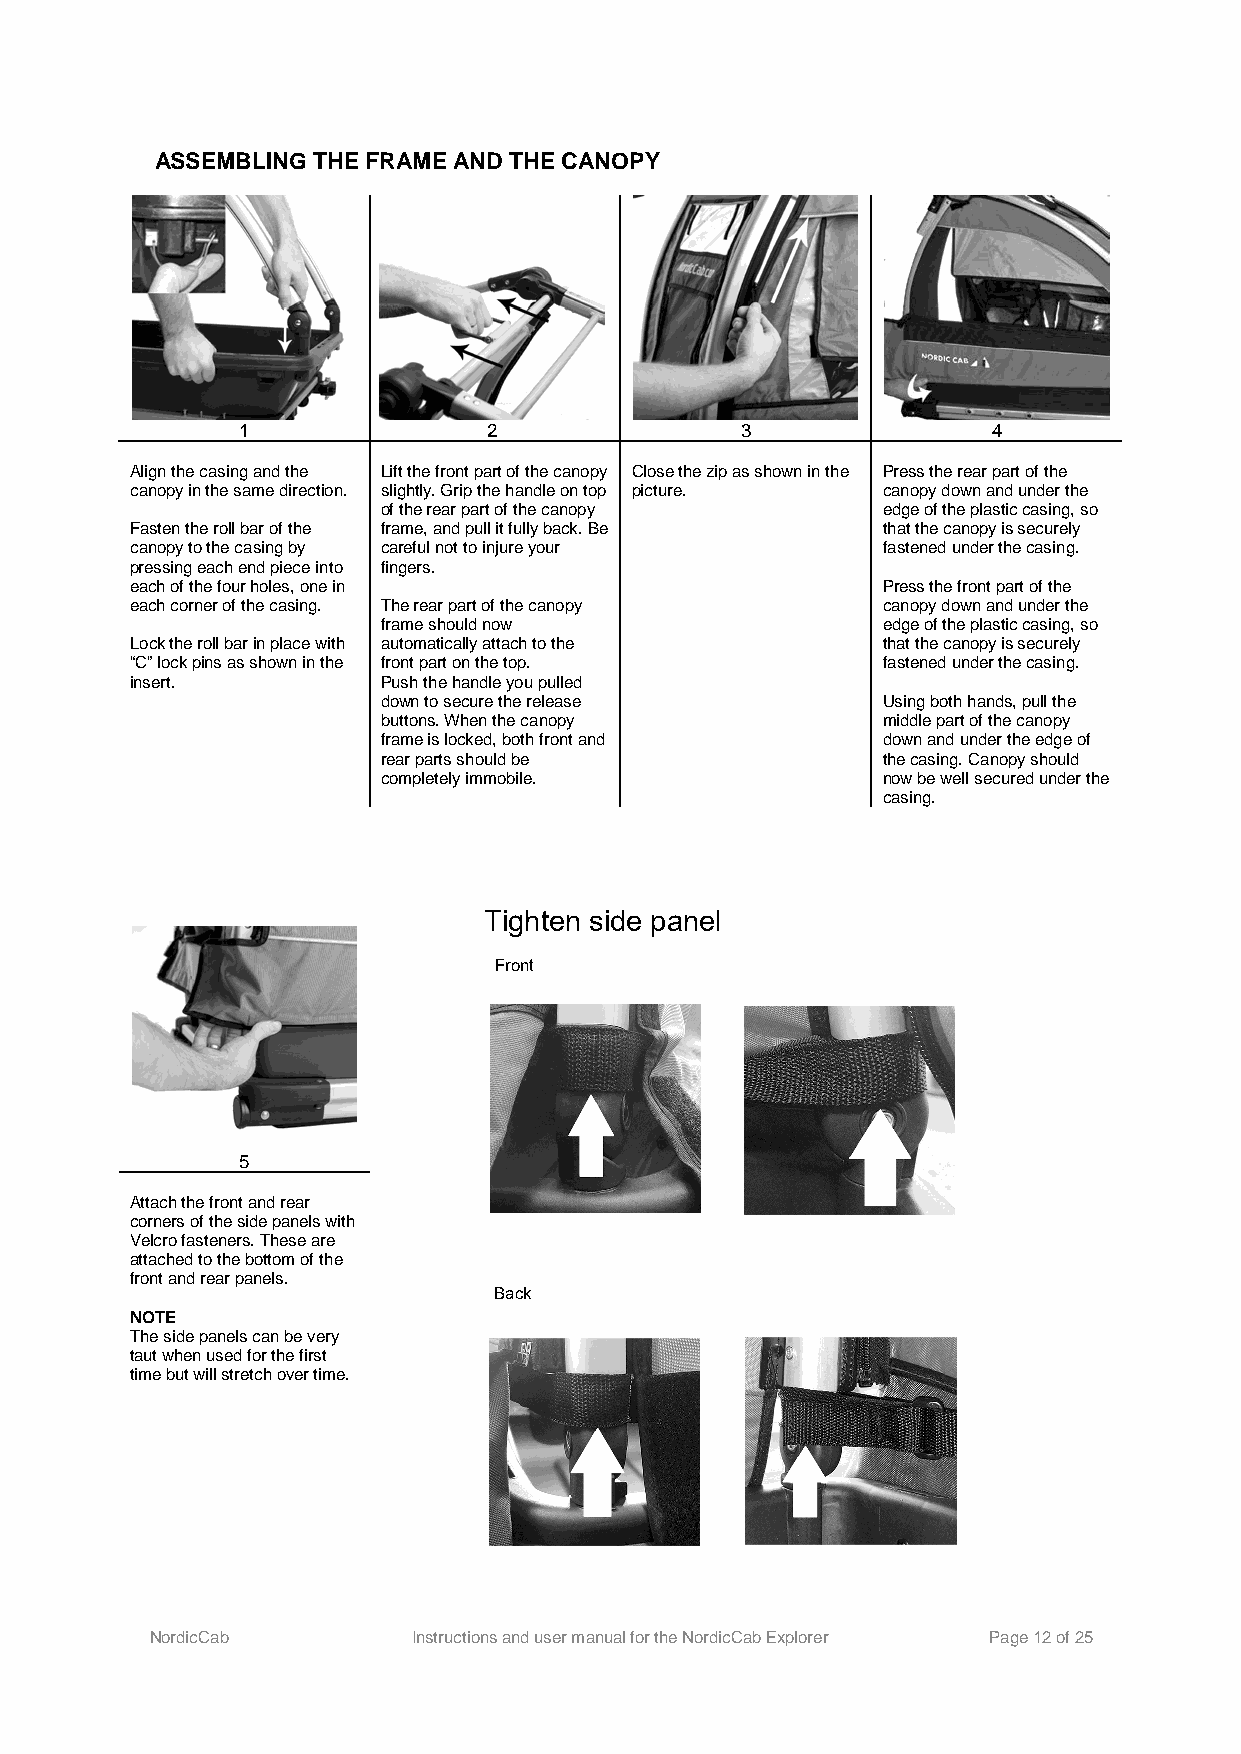
ASSEMBLING THE FRAME AND THE CANOPY
 1               2                3                4
 Align the casing and the Lift the front part of the canopy Close the zip as shown in the Press the rear part of the
 canopy in the same direction. slightly. Grip the handle on top picture. canopy down and under the
 of the rear part of the canopy   edge of the plastic casing, so
 Fasten the roll bar of the frame, and pull it fully back. Be that the canopy is securely
 canopy to the casing by careful not to injure your fastened under the casing.
 pressing each end piece into fingers.
 each of the four holes, one in                   Press the front part of the
 each corner of the casing. The rear part of the canopy canopy down and under the
 frame should now                 edge of the plastic casing, so
 Lock the roll bar in place with automatically attach to the that the canopy is securely
 “C” lock pins as shown in the front part on the top. fastened under the casing.
 insert.         Push the handle you pulled
 down to secure the release       Using both hands, pull the
 buttons. When the canopy         middle part of the canopy
 frame is locked, both front and  down and under the edge of
 rear parts should be             the casing. Canopy should
 completely immobile.             now be well secured under the
 casing.
 Tighten side panel
 Front
 5
 Attach the front and rear
 corners of the side panels with
 Velcro fasteners. These are
 attached to the bottom of the
 front and rear panels.
 Back
 NOTE
 The side panels can be very
 taut when used for the first
 time but will stretch over time.
 NordicCab        Instructions and user manual for the NordicCab Explorer Page 12 of 25